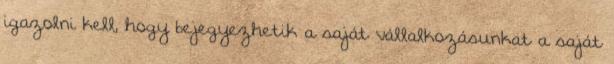
igazolni kell, hogy bejegyezhetik a saját vállalkozásunkat a saját